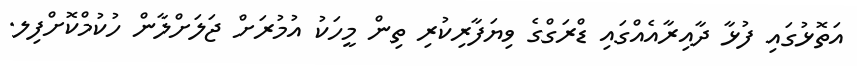
އަތޮޅުގައި ފުޅާ ދާއިރާއެއްގައި ޑްރަގްގެ ވިޔަފާރިކުރި ތިން މީހަކު އުމުރަށް ޖަލަށްލާން ހުކުމްކޮށްފިލ.